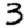
Digit: 3